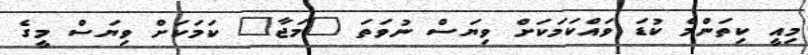
މިއީ ކިތަންމެ ކުޑަ ވައްކަމަކަށް ވިޔަސް ނުވަތަ "މަޖާ" ކަމަކަށް ވިޔަސް މީގެ